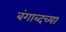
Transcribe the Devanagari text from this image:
बंगाब्दच्या